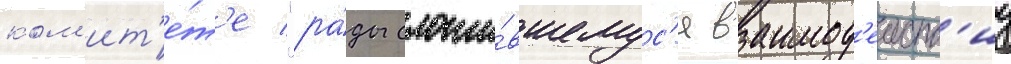
ком'ит'е́т'е "ра́ды сложи́вшемус'я взаимод'еиств'иу